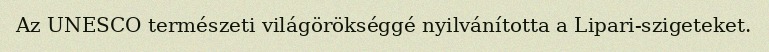
Az UNESCO természeti világörökséggé nyilvánította a Lipari-szigeteket.